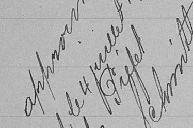
approuvé le 4 juillet 1906 Préfet Schmitt